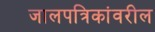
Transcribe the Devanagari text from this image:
जालपत्रिकांवरील